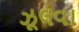
ઝૂલવા